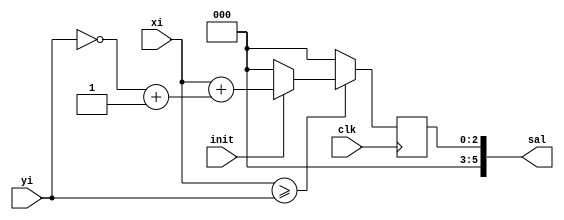
`timescale 1ns / 1ps
//////////////////////////////////////////////////////////////////////////////////
// Company: 
// Engineer: 
// 
// Design Name: 
// Module Name: resta
// Project Name: 
// Target Devices: 
// Tool Versions: 
// Description: 
// 
// Dependencies: 
// 
// Revision:
// Revision 0.01 - File Created
// Additional Comments:
// 
//////////////////////////////////////////////////////////////////////////////////


module Resta(clk, init, xi, yi, sal);

  input clk;
  input init;
  input [2:0] xi;
  input [2:0] yi;
  output [5:0] sal;
  
  reg [2:0] resultado;
  wire [2:0] yi_comp;
  
  assign yi_comp = ~yi+1;
  assign sal = {3'b000,resultado};
  
always @(posedge clk) begin
    if(xi >= yi )begin
        if(init) resultado = xi+yi_comp;
        else resultado=0;
    end
    else resultado = 0;
end
endmodule